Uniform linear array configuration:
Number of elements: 4
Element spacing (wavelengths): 0.75
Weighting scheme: hamming
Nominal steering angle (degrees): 30
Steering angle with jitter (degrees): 30.105
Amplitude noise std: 0.05
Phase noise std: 0.05

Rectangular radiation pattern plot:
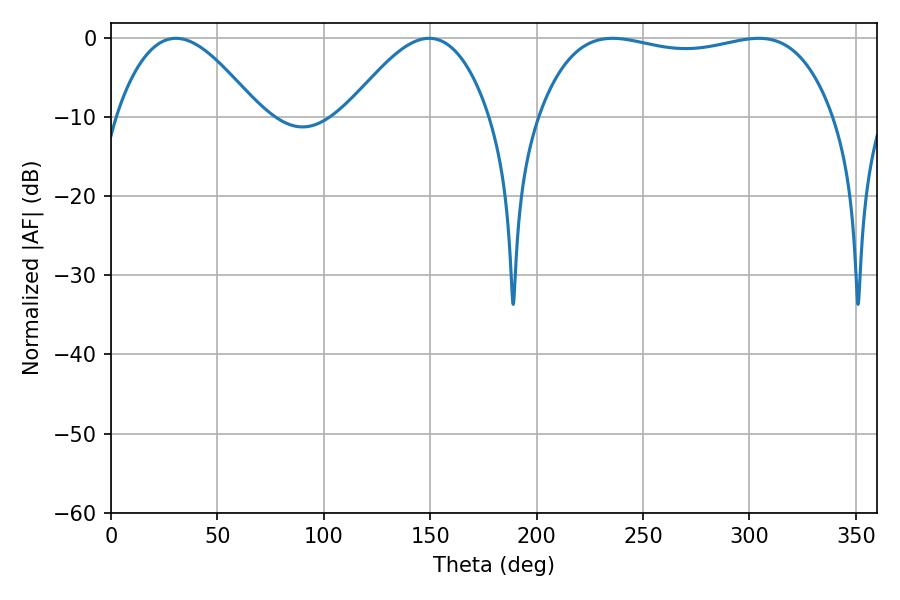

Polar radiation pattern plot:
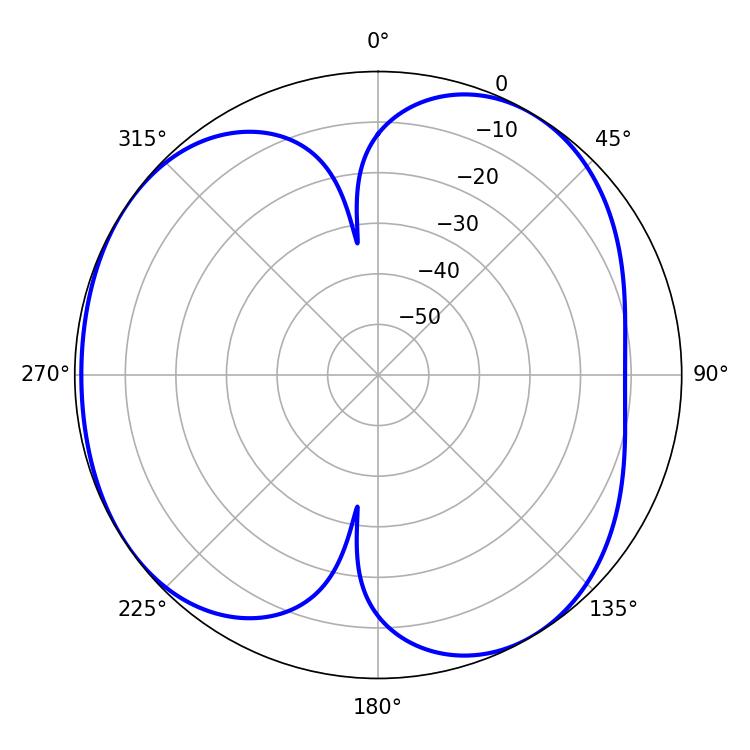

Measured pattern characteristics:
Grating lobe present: TRUE
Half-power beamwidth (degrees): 111.6
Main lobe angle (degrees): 235.62